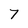
Character: 7